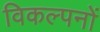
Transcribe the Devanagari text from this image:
विकल्पनों